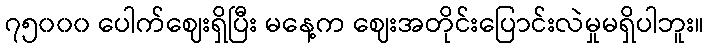
၇၅၀၀၀ ပေါက်ဈေးရှိပြီး မနေ့က ဈေးအတိုင်းပြောင်းလဲမှုမရှိပါဘူး။